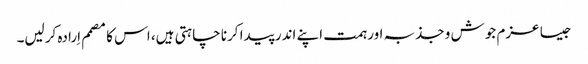
جیسا عزم جوش و جذبہ اور ہمت اپنے اندر پیدا کرنا چاہتی ہیں، اس کا مصمم اِرادہ کرلیں۔